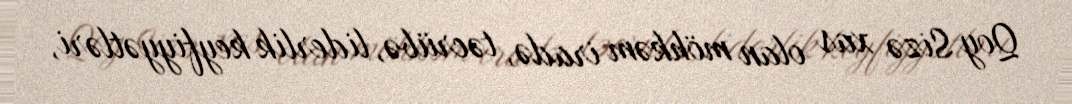
Qoy Sizə xas olan möhkəm iradə, təcrübə, liderlik keyfiyyətləri,